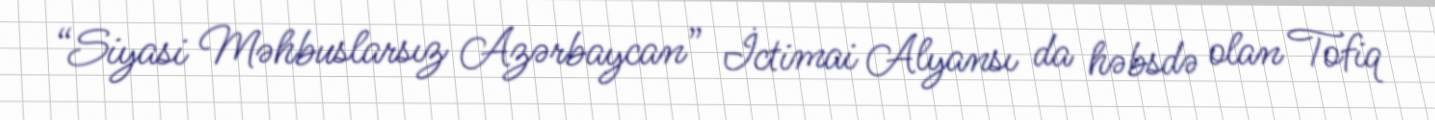
“Siyasi Məhbuslarsız Azərbaycan” İctimai Alyansı da həbsdə olan Tofiq